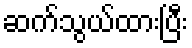
ဆက်သွယ်ထားပြီး